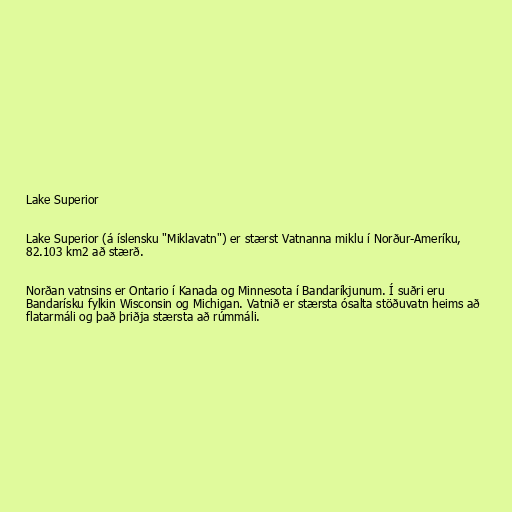
Lake Superior

Lake Superior (á íslensku "Miklavatn") er stærst Vatnanna miklu í Norður-Ameríku,
82.103 km2 að stærð.

Norðan vatnsins er Ontario í Kanada og Minnesota í Bandaríkjunum. Í suðri eru
Bandarísku fylkin Wisconsin og Michigan. Vatnið er stærsta ósalta stöðuvatn heims að
flatarmáli og það þriðja stærsta að rúmmáli.